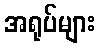
အရုပ်များ